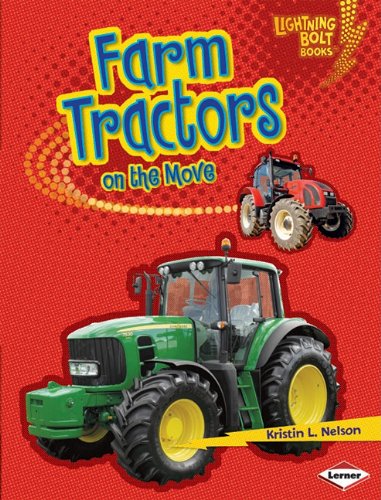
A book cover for Farm Tractors on the Move (Lightning Bolt Books); Kristin L. Nelson; Children's Books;